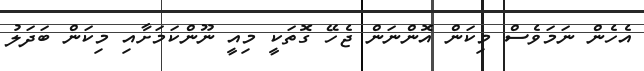
އެހެން ނަމަވެސް މިކަން އޮންނަން ޖެހޭ ގޮތަކީ މިއީ ނޫންކަމަށާއި މިކަން ބަދަލު